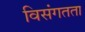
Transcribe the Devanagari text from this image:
विसंगतता